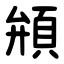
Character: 䪻